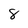
Character: 8